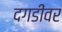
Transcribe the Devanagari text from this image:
दगडींवर